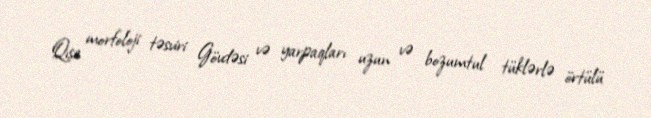
Qısa morfoloji təsviri Gövdəsi və yarpaqları uzun və bozumtul tüklərlə örtülü